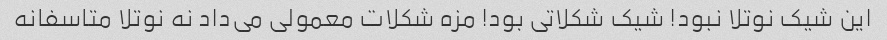
این شیک نوتلا نبود! شیک شکلاتی بود! مزه شکلات معمولی می‌داد نه نوتلا متاسفانه